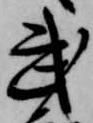
武